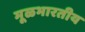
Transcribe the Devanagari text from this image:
मूळभारतीय